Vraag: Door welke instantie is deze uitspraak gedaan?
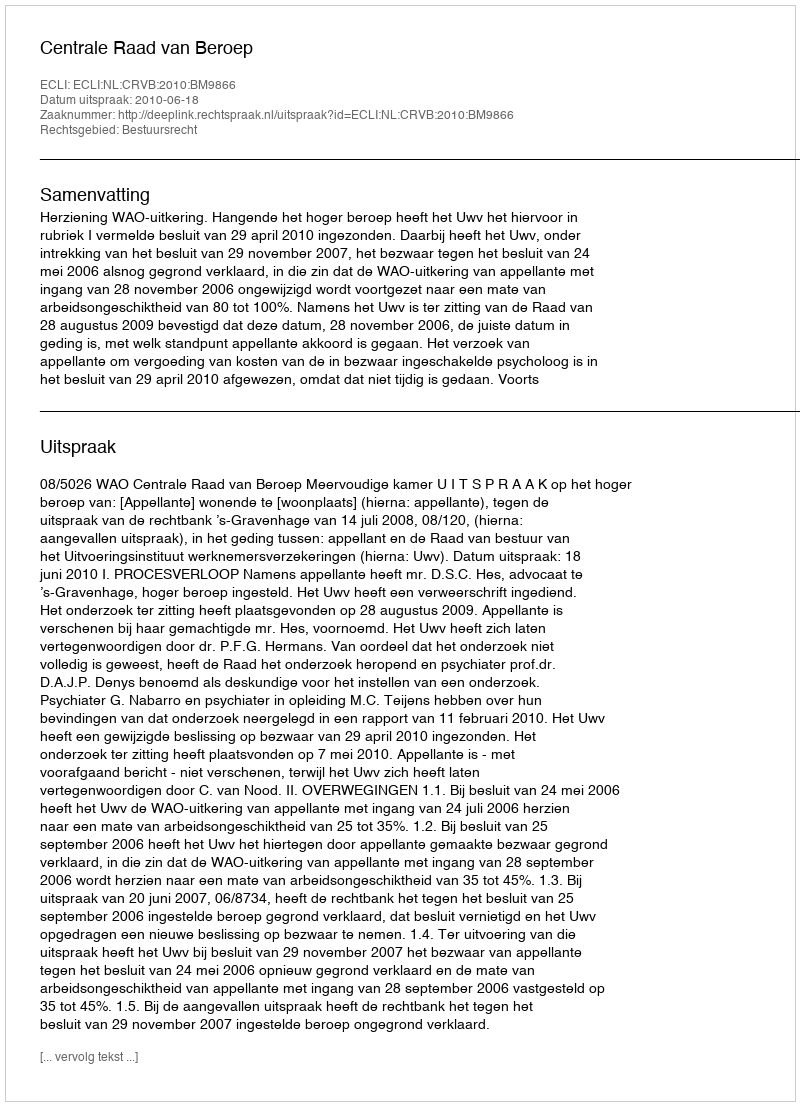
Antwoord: Centrale Raad van Beroep